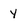
Character: y